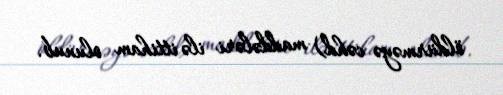
öldürməyə cəhd) maddələri ilə ittiham olunub.